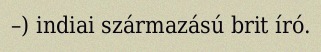
–) indiai származású brit író.